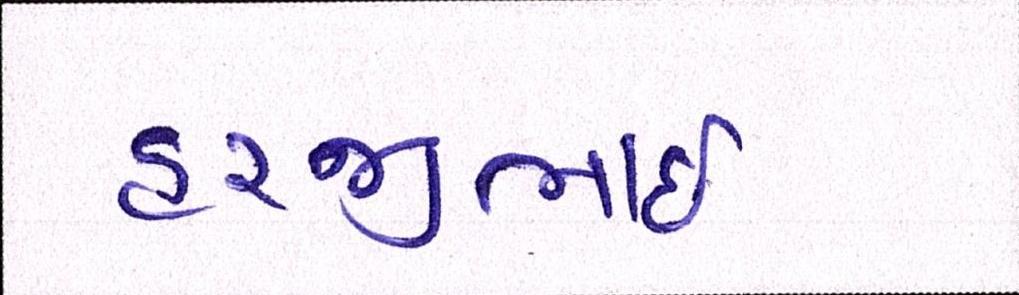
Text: હરજીભાઇ